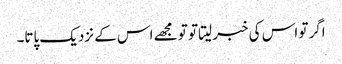
اگر تو اس کی خبر لیتا تو تو مجھے اس کے نزدیک پاتا۔